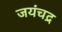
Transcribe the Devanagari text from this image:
जयंचद्र